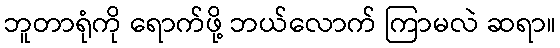
ဘူတာရုံကို ရောက်ဖို့ ဘယ်လောက် ကြာမလဲ ဆရာ။